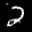
Label: 2